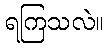
ရကြသလဲ။